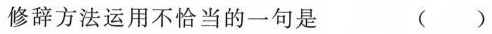
修辞方法运用不恰当的一句是 ()